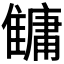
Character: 𩀬